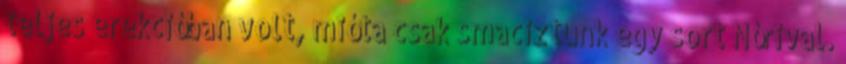
teljes erekcióban volt, mióta csak smaciztunk egy sort Nórival.